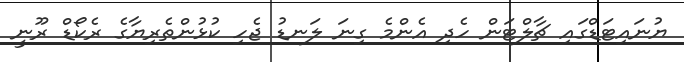
ޔުނައިޓަޑްގައި ޗާލްޓަން ހެދި އެންމެ ގިނަ ލަނޑު ޖެހި ކުޅުންތެރިޔާގެ ރެކޯޑް ރޫނީ